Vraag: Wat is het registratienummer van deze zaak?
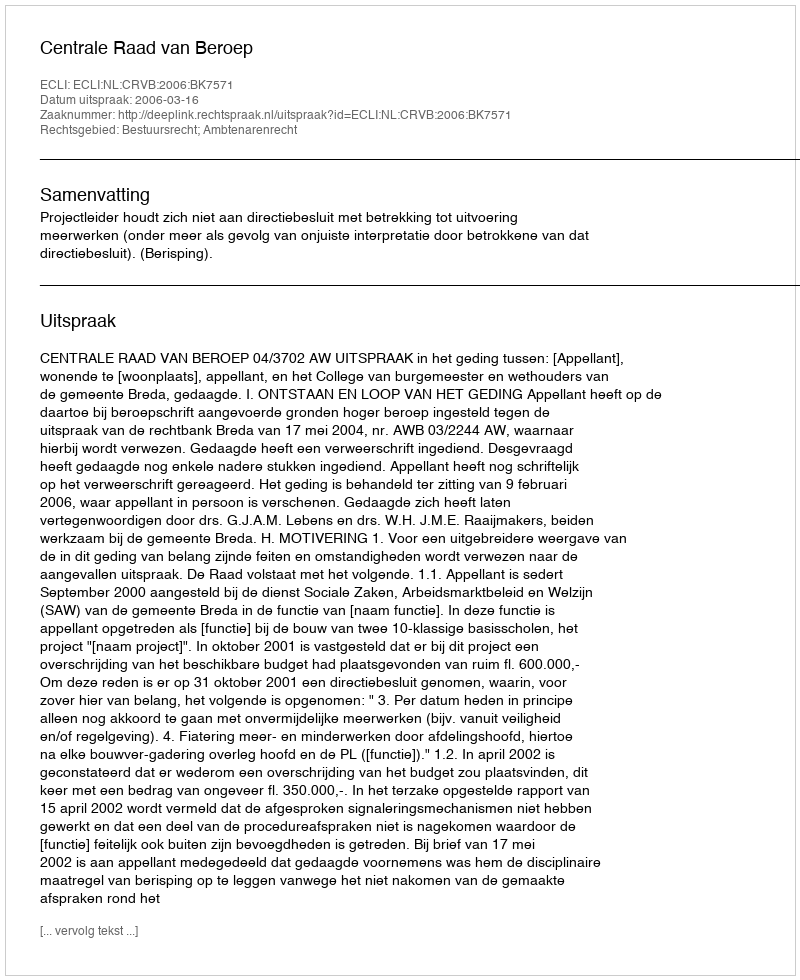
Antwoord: http://deeplink.rechtspraak.nl/uitspraak?id=ECLI:NL:CRVB:2006:BK7571